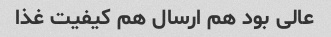
عالی بود هم ارسال هم کیفیت غذا